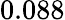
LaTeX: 0.088